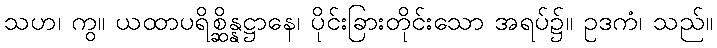
သဟ၊ ကွ။ ယထာပရိစ္ဆိန္နဋ္ဌာနေ၊ ပိုင်းခြားတိုင်းသော အရပ်၌။ ဥဒကံ၊ သည်။